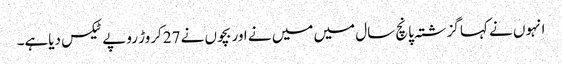
انہوں نے کہا گزشتہ پانچ سال میں میں نے اور بچوں نے 27کروڑ روپے ٹیکس دیاہے۔